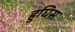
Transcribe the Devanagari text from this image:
हुघिस